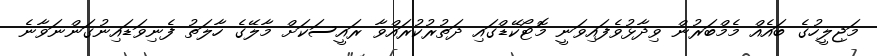
މަޖިލީހުގެ ބައެއް މެމްބަރުން ވިދާޅުވެފައިވަނީ މޮޓޯކޭޑްގައި ދަތުރުކުރައްވާ ރައީސަކަށް މާލޭގެ ހާލަތު ފެނިވަޑައިނުގަންނަވާނެ